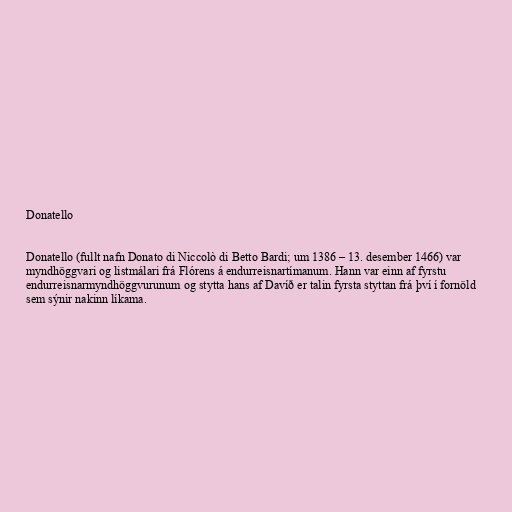
Donatello

Donatello (fullt nafn Donato di Niccolò di Betto Bardi; um 1386 – 13. desember 1466) var
myndhöggvari og listmálari frá Flórens á endurreisnartímanum. Hann var einn af fyrstu
endurreisnarmyndhöggvurunum og stytta hans af Davíð er talin fyrsta styttan frá því í fornöld
sem sýnir nakinn líkama.